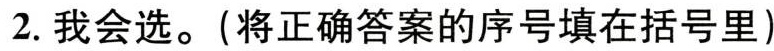
2.我会选。(将正确答案的序号填在括号里)